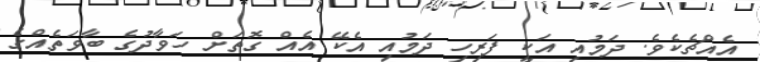
އެއްޗެކެވެ. ދަމުއި އަކީ ފަރިހި ދަމުއި އެކޭ އެއް ގޮތަށް ހަވާދުގެ ބާވަތެއްގެ